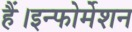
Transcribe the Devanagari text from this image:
हैं।इन्फोर्मेशन